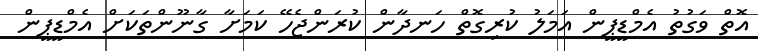
އޮތް ވަގުތު އެމްޑީޕީން އަމަލު ކުރިގޮތް ހަނދާން ކުރަންޖެހޭ ކަމަށާ ގާނޫންތަކަށް އެމްޑީޕީން